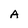
Character: A